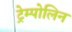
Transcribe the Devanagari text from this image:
ट्रेम्पोलिन